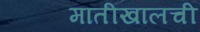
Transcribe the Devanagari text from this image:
मातीखालची